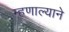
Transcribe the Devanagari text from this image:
म्हणाल्याने